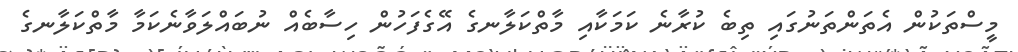
މީސްތަކުން އެތަންތަނުގައި ތިބެ ކުރާނެ ކަމަކާއި މާތްކަލާނގެ އޭގެފަހުން ހިސާބެއް ނުބައްލަވާނެކަމާ މާތްކަލާނގެ